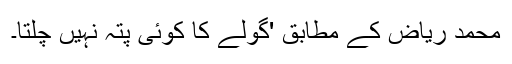
محمد ریاض کے مطابق 'گولے کا کوئی پتہ نہیں چلتا۔